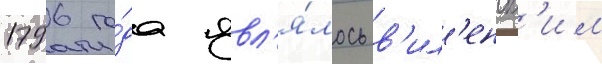
1796 го́да явл'я́лось в'ил'енск'им